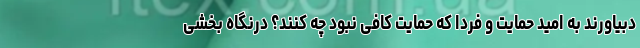
دبیاورند به امید حمایت و فردا که حمایت کافی نبود چه کنند؟ درنگاه بخشی